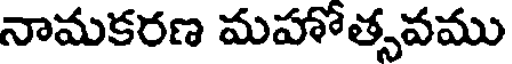
నామకరణ మహోత్సవము